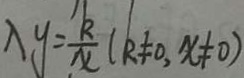
\lambda y = \frac { k } { x } ( k \neq 0 , x \neq 0 )